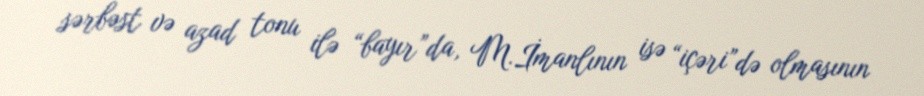
sərbəst və azad tonu ilə “bayır”da, M.İmanlının isə “içəri”də olmasının